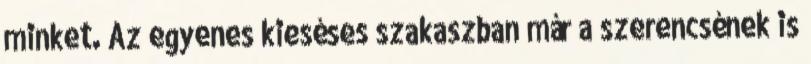
minket. Az egyenes kieséses szakaszban már a szerencsének is